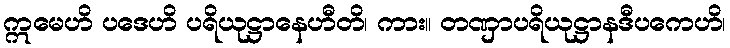
ဣမေဟိ ပဒေဟိ ပရိယုဋ္ဌာနေဟီတိ၊ ကား။ တဏှာပရိယုဋ္ဌာနဒီပကေဟိ၊